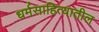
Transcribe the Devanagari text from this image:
धर्मसाहित्यातील